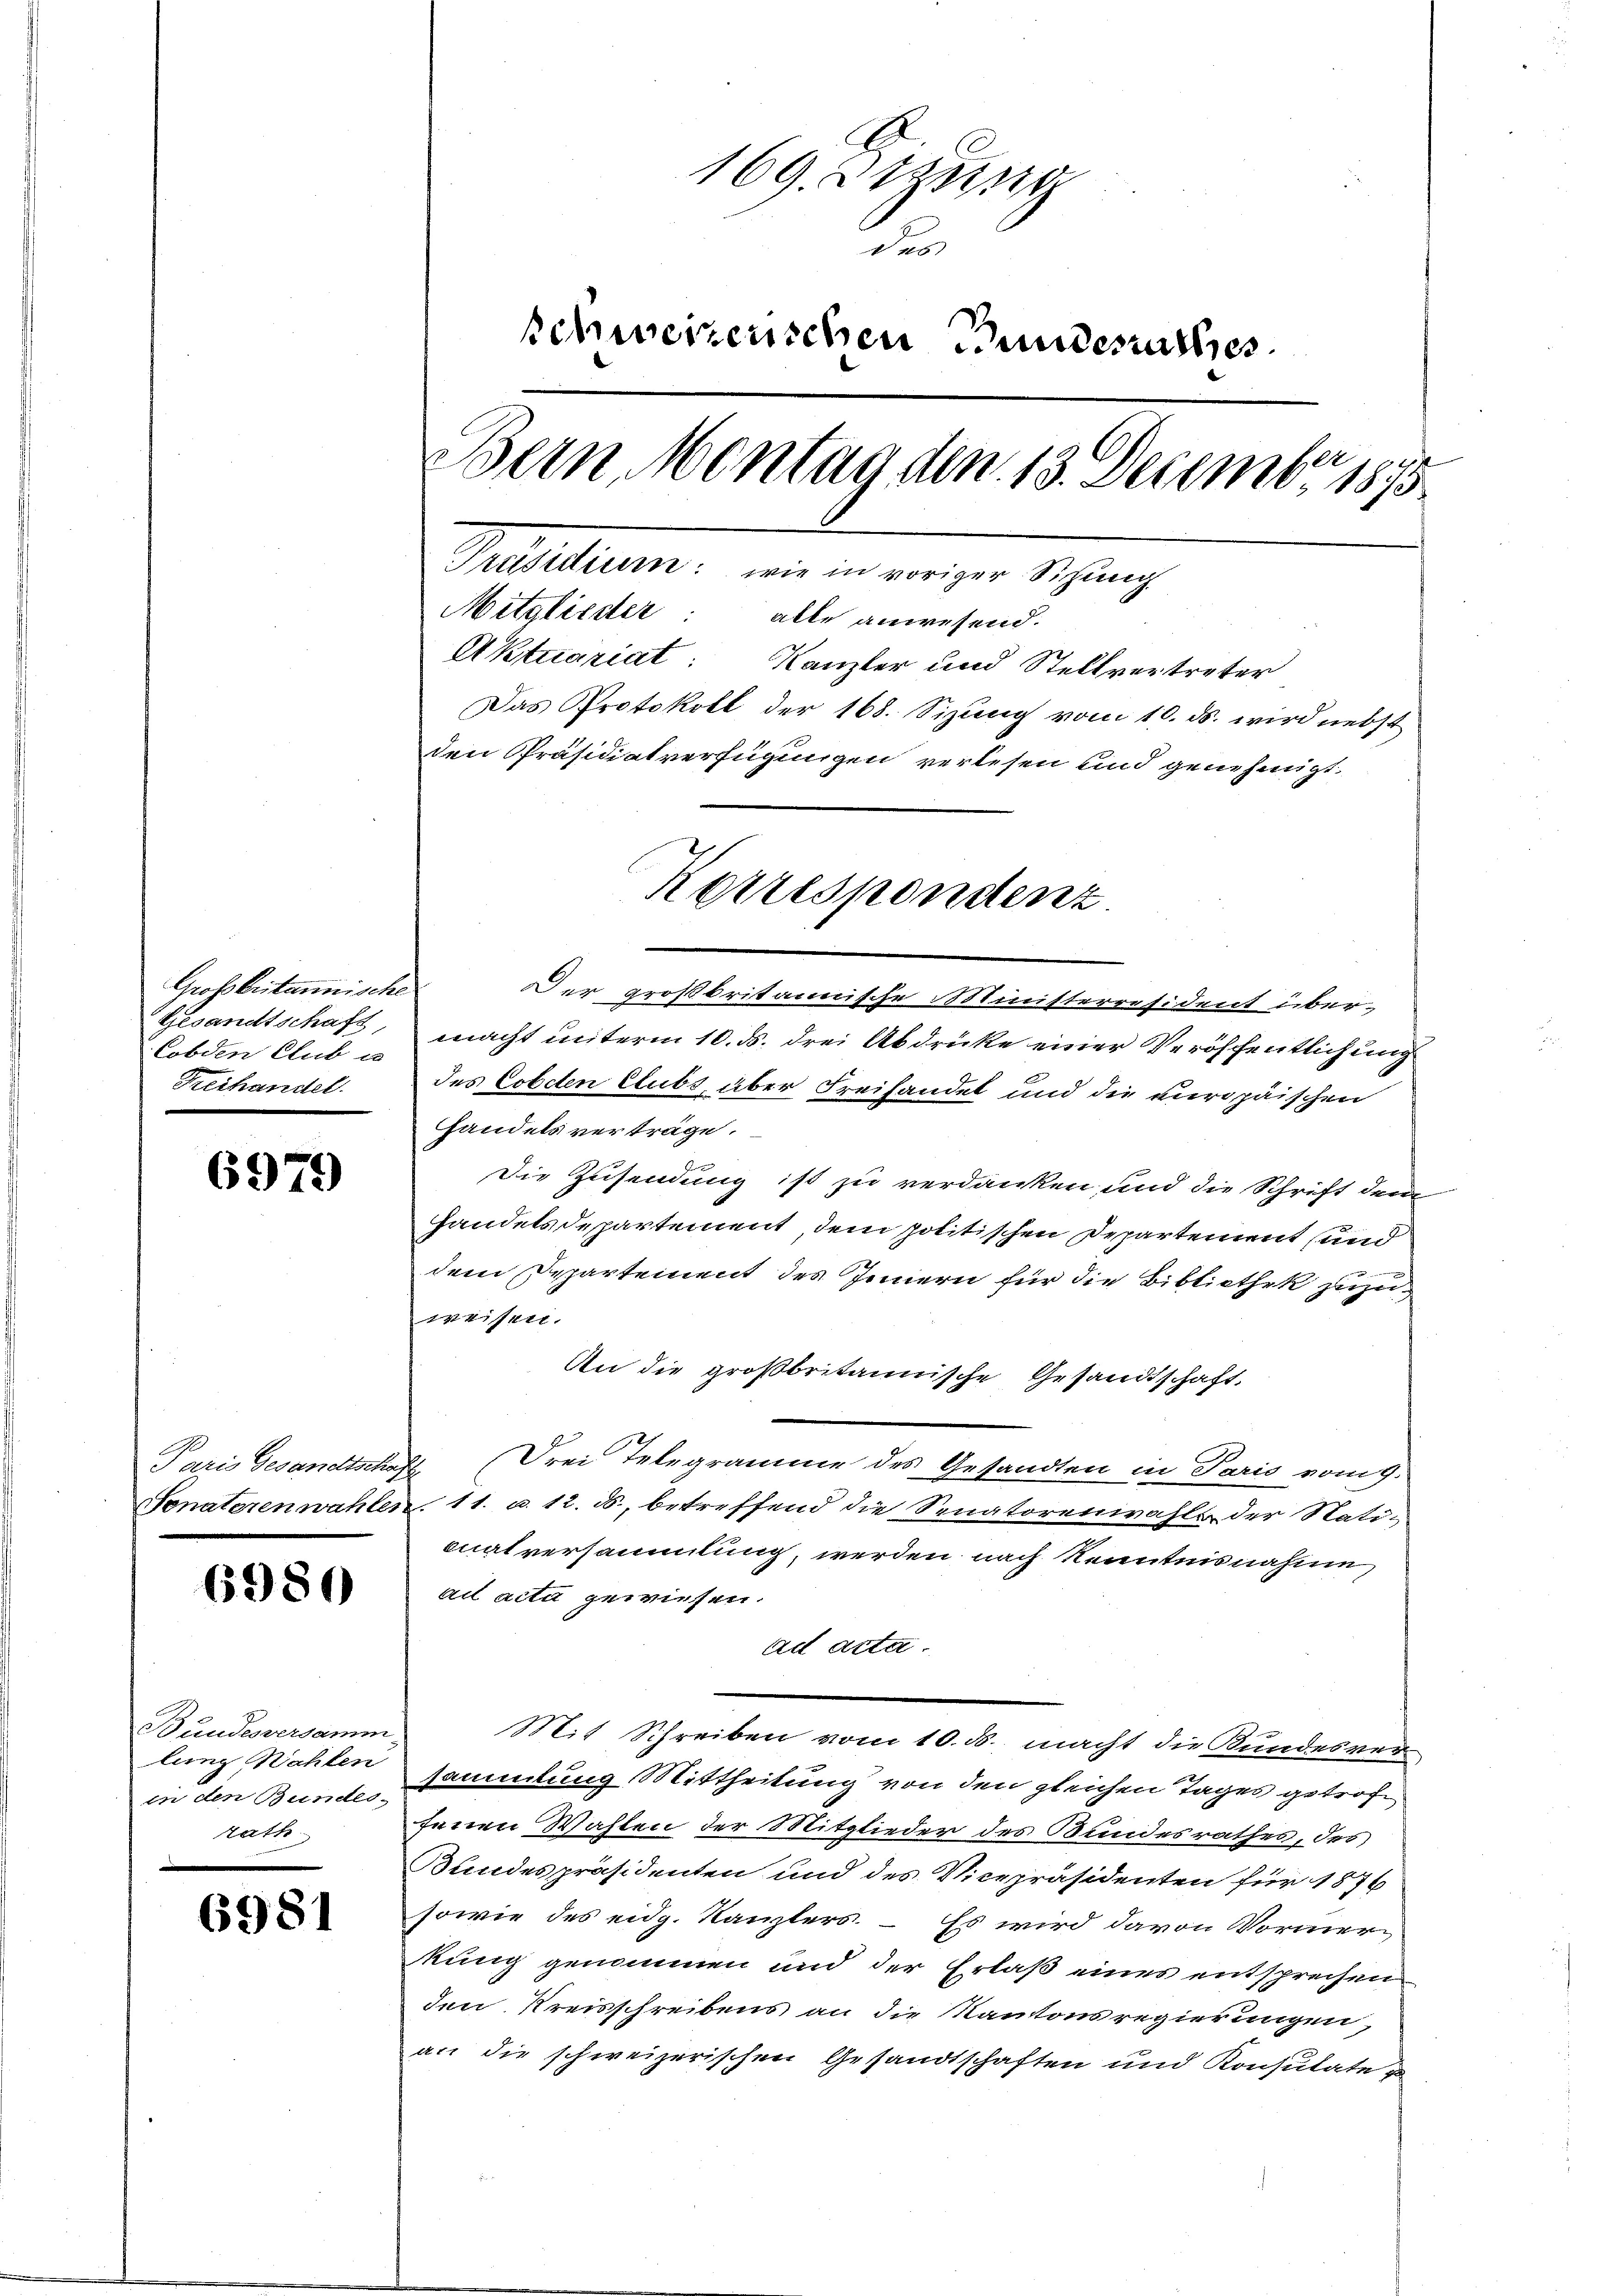
Großbritannische
Gesandtschaft,
Cobden Club u.
Freihandel.

6979

6980

Bundeversamm
lung Wahlen
in den Bundes-
rath

6981

169. Steinig
d
schweizerischen Bundesrathes.
Bern, Montag den 13. Decembr 1875
Präsidium: wie in voriger Sitzung
Mitglieder: alle anwesend.
Aktuariat: Kanzler und Stellvertreter
Das Protokoll der 168. Sizung vom 10. ds. wird nebst
den Präsidiatverfügungen verlesen und genehmigt,

Der großbritannische Ministerresident über-
macht unterm 10. ds. drei Abdrücke einer Veröffentlichung
des Cobdten Clubs, über Freihandel und die europäischen
handels verträge.
Die Zusendung ist zu verdanken und die Schrift dem
handelsdepartement, dem politischen Departement und
dem Departement des Innern für die Bibliothek zuzuweisen.
An die großbritannische Gesandtschaft,
Paris Gesandtschaft, Frei Telegramme des Gesandten in Paris vom 9.
Senatoren wahlen. 11. u. 12. ds., betreffend die Senatorenwahls der Statimatversammlung, werden nach Kenntnisnahme,
ail acta gewiesen.
ad acta.
Mit Schreiben vom 10. ds. macht die Bundesver
sammlung Mittheilung von den gleichen Tages getrofe
fenen Wahlen der Mitglieder des Bundesrathes, des
Bundespräsidenten und des Vicepräsidenten für 1876
sowie des eidg. Kanzlers. – Es wird davon Vormerkung genommen und der Erlaß eines entsprechen
den Kreisschreibens an die Kantonsregierungen,
an die schweizerischen Gesandtschaften und Konsulate z

Korrespondenz.